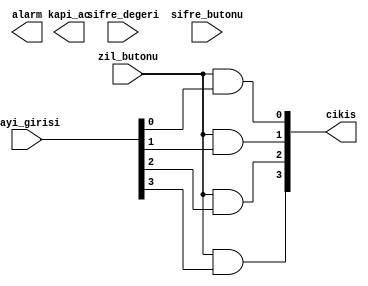
`timescale 1ns / 1ps


module kapi_zili(

    input [3:0] sayi_girisi,
    input[3:0] sifre_degeri, 
    input zil_butonu, 
    input sifre_butonu, 
    output [3:0] cikis,   
    output kapi_ac, 
    output alarm 
    );
    
    //ilk durumda cikis test benchte 1111 
    //birinci fonksiyon
    //karnough sonucu..
     and(cikis[0],zil_butonu,sayi_girisi[0]); 
     and(cikis[1],zil_butonu,sayi_girisi[1]); 
     and(cikis[2],zil_butonu,sayi_girisi[2]); 
     and(cikis[3],zil_butonu,sayi_girisi[3]); 
     
     //ikinci fonksyion
     
     
      
    
    
 



endmodule